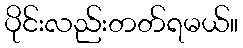
ပိုင်းလည်းတတ်ရမယ်။